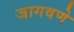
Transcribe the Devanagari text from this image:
जागवणे